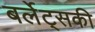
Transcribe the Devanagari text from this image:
बर्लेट्सकी